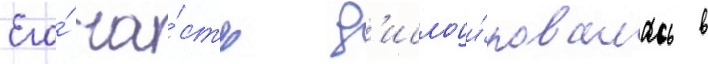
Его́ ча́сть д'ислоци́ровалась в